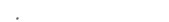
: